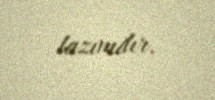
lazımdır.